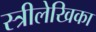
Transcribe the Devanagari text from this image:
स्त्रीलेखिका